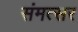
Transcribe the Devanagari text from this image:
संमत्सर